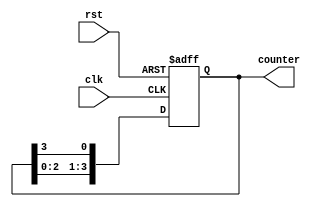
module ring_counter(
  input wire clk,
  input wire rst,
  output reg [3:0] counter
);

always @(posedge clk or posedge rst) begin
  if (rst) begin
    counter <= 4'b0001;
  end else begin
    counter <= {counter[2:0], counter[3]};
  end
end

endmodule